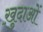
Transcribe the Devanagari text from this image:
ख़़ुदाओं